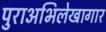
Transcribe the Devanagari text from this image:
पुराअभिलेखागार